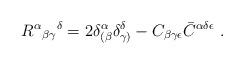
LaTeX: \begin{align*}R^\alpha {}_{\beta \gamma}{}^\delta=2\delta^\alpha_{(\beta}\delta^\delta_{\gamma)}-C_{\beta \gamma \epsilon}\bar C^{\alpha\delta\epsilon}\ .\end{align*}